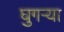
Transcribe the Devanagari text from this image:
घुगऱ्या